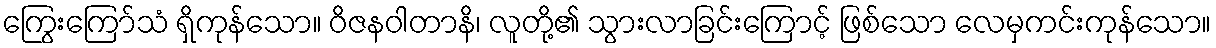
ကြွေးကြော်သံ ရှိကုန်သော။ ဝိဇနဝါတာနိ၊ လူတို့၏ သွားလာခြင်းကြောင့် ဖြစ်သော လေမှကင်းကုန်သော။